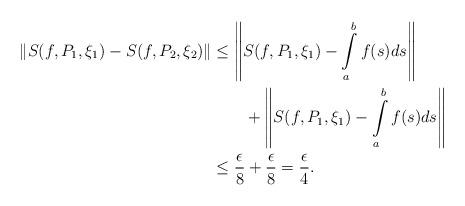
LaTeX: \begin{align*}\|S(f,P_1,\xi_1)-S(f,P_2,\xi_2)\|&\leq \left\|S(f,P_1,\xi_1)-\int\limits_{a}^{b}f(s)ds\right\|\\&\qquad+\left\|S(f,P_1,\xi_1)-\int\limits_{a}^{b}f(s)ds\right\|\\&\leq \frac{\epsilon}{8}+\frac{\epsilon}{8}=\frac{\epsilon}{4}.\end{align*}